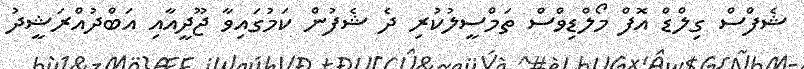
ޝެފްސް ގިލްޑް އޮފް މޯލްޑިވްސް ތަމްސީލުކުރި ދެ ޝެފުން ކަމުގައިވާ ޖޫދީއާއި އަބްދުއްރަޝީދު